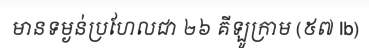
មានទម្ងន់ប្រហែលជា ២៦ គីឡូក្រាម (៥៧ Ib)